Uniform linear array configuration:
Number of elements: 24
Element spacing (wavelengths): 0.25
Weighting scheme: hamming
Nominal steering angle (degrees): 15
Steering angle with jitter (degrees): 14.172
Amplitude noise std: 0.05
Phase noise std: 0.05

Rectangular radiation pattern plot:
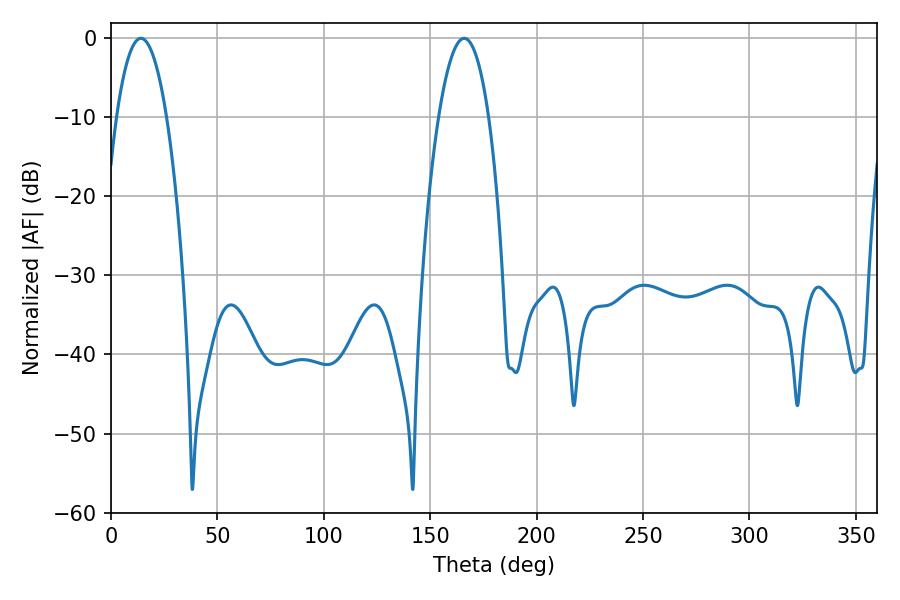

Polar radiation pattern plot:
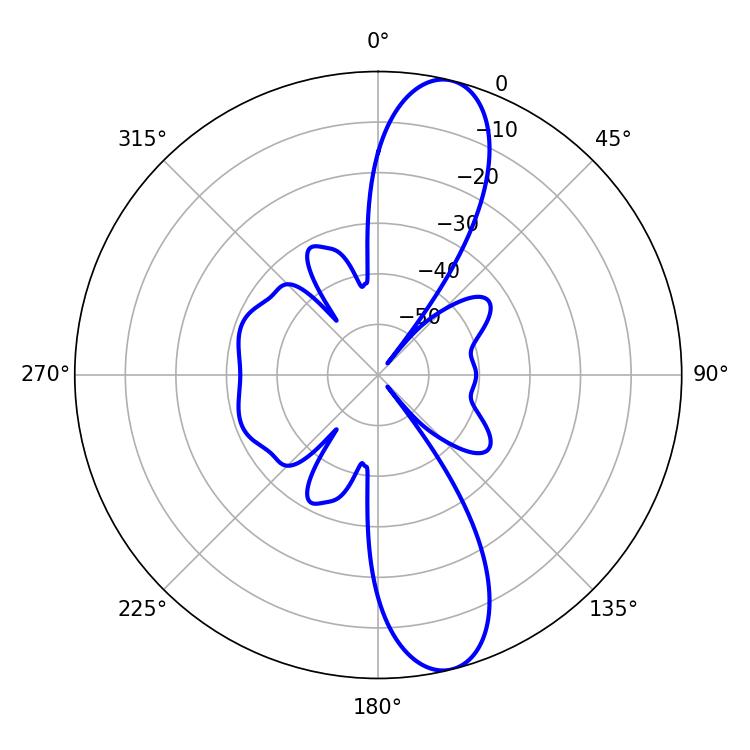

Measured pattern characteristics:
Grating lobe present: FALSE
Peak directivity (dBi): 12.288
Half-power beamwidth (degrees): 13.14
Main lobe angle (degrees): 14.04